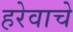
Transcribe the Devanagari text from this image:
हरेवाचे